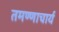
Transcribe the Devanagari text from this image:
तमण्णाचार्य